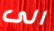
الى